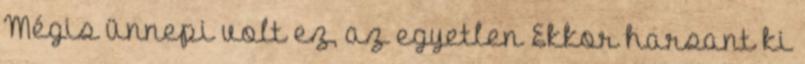
Mégis ünnepi volt ez, az egyetlen Ekkor harsant ki